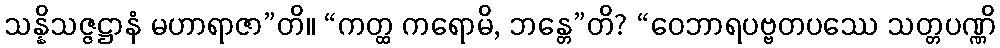
သန္နိသဇ္ဇဋ္ဌာနံ မဟာရာဇာ”တိ။ “ကတ္ထ ကရောမိ, ဘန္တေ”တိ? “ဝေဘာရပဗ္ဗတပဿေ သတ္တပဏ္ဏိ